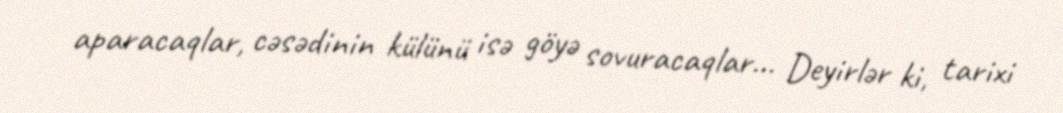
aparacaqlar, cəsədinin külünü isə göyə sovuracaqlar... Deyirlər ki, tarixi